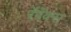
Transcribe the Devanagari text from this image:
रॅपॅक्स